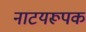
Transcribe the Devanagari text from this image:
नाटयरूपक